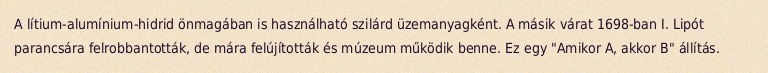
A lítium-alumínium-hidrid önmagában is használható szilárd üzemanyagként. A másik várat 1698-ban I. Lipót parancsára felrobbantották, de mára felújították és múzeum működik benne. Ez egy "Amikor A, akkor B" állítás.